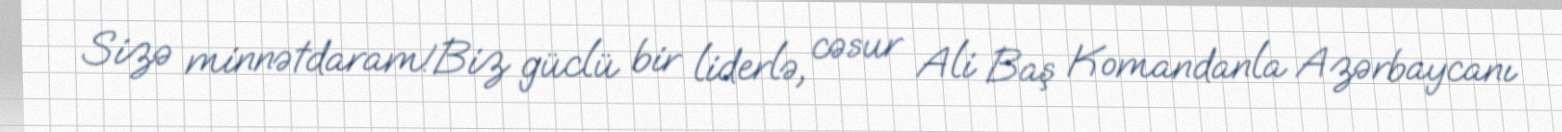
Sizə minnətdaram!Biz güclü bir liderlə, cəsur Ali Baş Komandanla Azərbaycanı